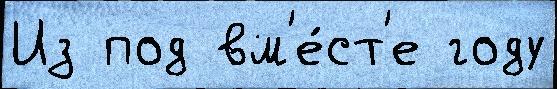
Из под вм'е́ст'е году